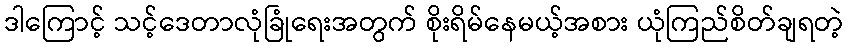
ဒါကြောင့် သင့်ဒေတာလုံခြုံရေးအတွက် စိုးရိမ်နေမယ့်အစား ယုံကြည်စိတ်ချရတဲ့